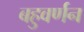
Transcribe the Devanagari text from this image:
बहुवर्णन